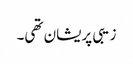
زیبی پریشان تھی۔